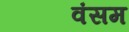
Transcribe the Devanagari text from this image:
वंसम